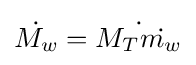
{\dot {M_{w}}}={\dot {M_{T}{\dot {m_{w}}}}}